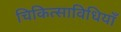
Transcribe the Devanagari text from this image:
चिकित्साविधियाँ